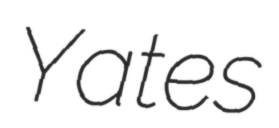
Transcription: Yates